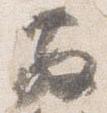
散